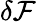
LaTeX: \delta{\mathcal F}